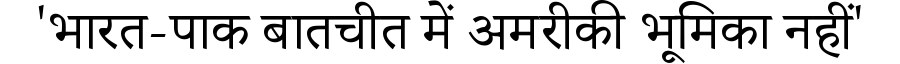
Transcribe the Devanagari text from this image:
'भारत-पाक बातचीत में अमरीकी भूमिका नहीं'